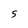
Character: 5